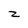
Character: z